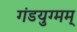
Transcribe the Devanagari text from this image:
गंडयुग्मम्